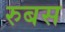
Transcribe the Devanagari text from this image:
रुबस